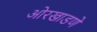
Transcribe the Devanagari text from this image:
ओरखाडणे